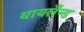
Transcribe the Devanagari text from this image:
थायलँन्ड